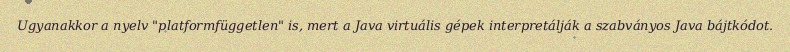
Ugyanakkor a nyelv "platformfüggetlen" is, mert a Java virtuális gépek interpretálják a szabványos Java bájtkódot.